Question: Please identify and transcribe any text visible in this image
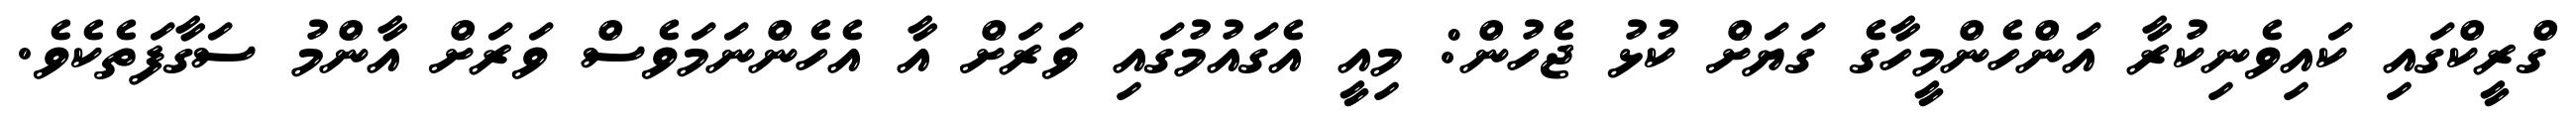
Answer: ގްރީކްގައި ކައިވެނިކުރާ އަންހެންމީހާގެ ގަޔަށް ކުޅު ޖެހުން: މިއީ އެގައުމުގައި ވަރަށް އާ އެހެންނަމަވެސް ވަރަށް އާންމު ސަގާފަތެކެވެ.